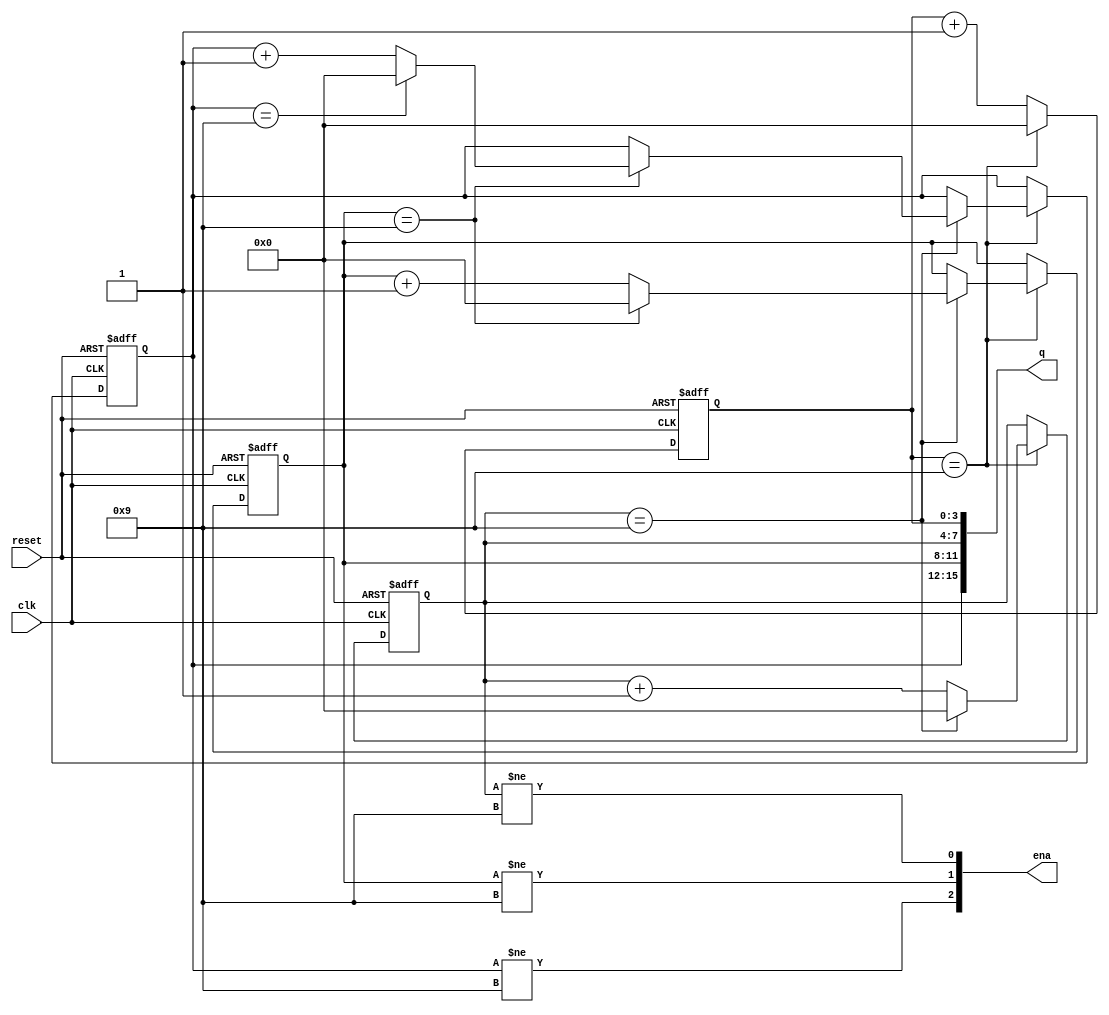
module top_module (
    input clk,
    input reset,   // Synchronous active-high reset
    output [3:1] ena,
    output [15:0] q);

    reg [3:0] digit [3:0]; // Four BCD digits
    
    assign q = {digit[3], digit[2], digit[1], digit[0]};
    assign ena = {digit[3]!=4'd9, digit[2]!=4'd9, digit[1]!=4'd9}; // Enable signal when digit is not 9, as it's BCD Counter

    always @(posedge clk or posedge reset) begin
        if(reset) begin
            digit[0] <= 4'b0000;
            digit[1] <= 4'b0000;
            digit[2] <= 4'b0000;
            digit[3] <= 4'b0000;
        end else begin
            if (digit[0] == 4'd9) begin
                digit[0] <= 4'b0000;
                if (digit[1] == 4'd9) begin
                    digit[1] <= 4'b0000;
                    if (digit[2] == 4'd9) begin
                        digit[2] <= 4'b0000;
                        if (digit[3] == 4'd9) begin
                            digit[3] <= 4'b0000;
                        end else
                            digit[3] <= digit[3] + 1'b1;
                    end else
                        digit[2] <= digit[2] + 1'b1;
                end else
                    digit[1] <= digit[1] + 1'b1;
            end else 
                digit[0] <= digit[0] + 1'b1;
        end
    end
endmodule